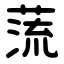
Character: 蓅